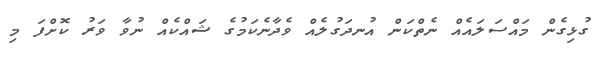
ގުޅިގެން މައްސަލައެއް ނެތްކަން އުނދަގުލެއް ވެދާނެކަމުގެ ޝައްކެއް ނުވާ ވަރު ކޮށްފަ މި